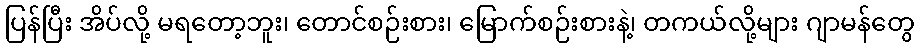
ပြန်ပြီး အိပ်လို့ မရတော့ဘူး၊ တောင်စဉ်းစား၊ မြောက်စဉ်းစားနဲ့၊ တကယ်လို့များ ဂျာမန်တွေ